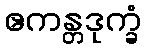
ဧကန္တဒုက္ခံ